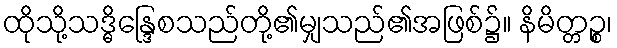
ထိုသို့သဒ္ဓိန္ဒြေစသည်တို့၏မျှသည်၏အဖြစ်၌။ နိမိတ္တဉ္စ၊